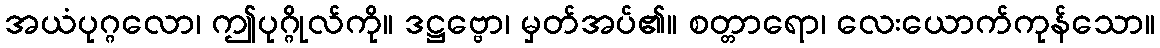
အယံပုဂ္ဂလော၊ ဤပုဂ္ဂိုလ်ကို။ ဒဋ္ဌဗ္ဗော၊ မှတ်အပ်၏။ စတ္တာရော၊ လေးယောက်ကုန်သော။